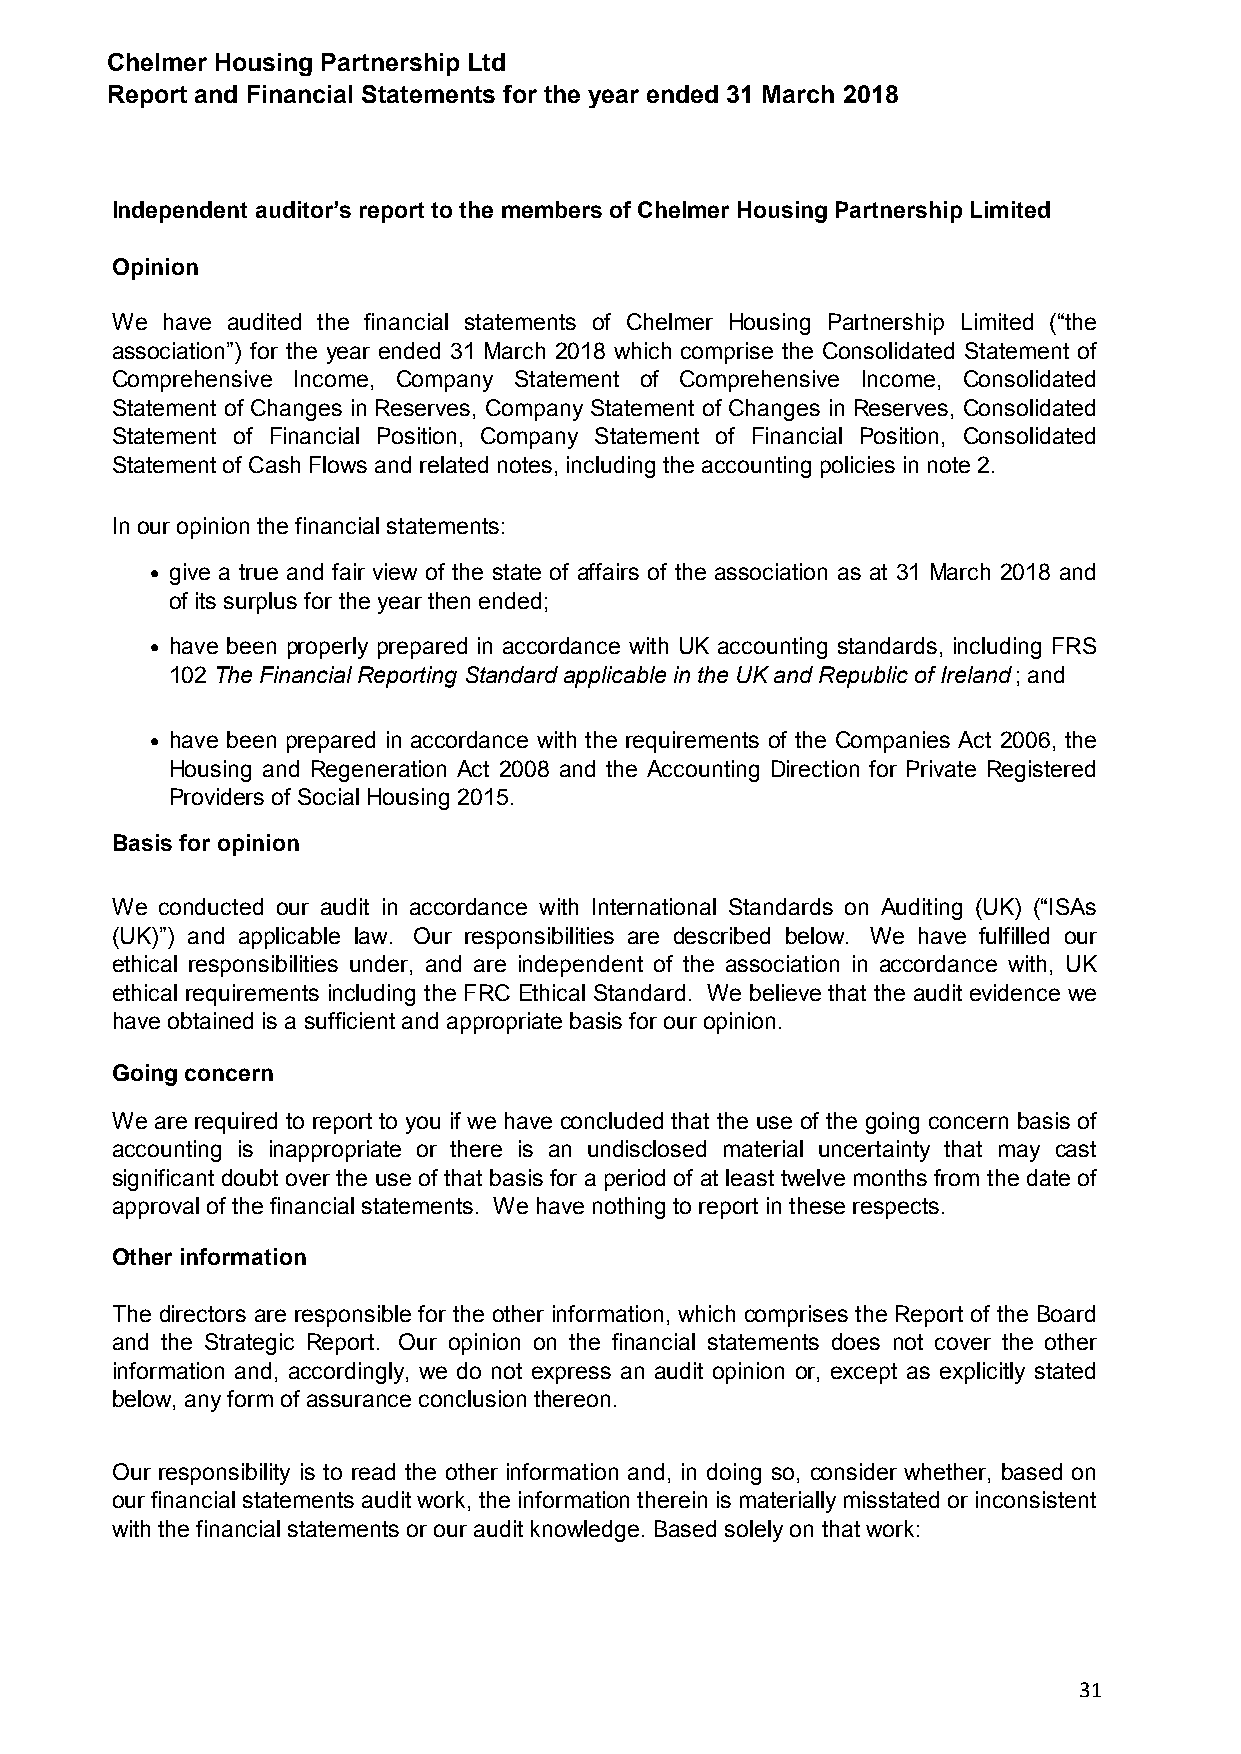
Chelmer Housing Partnership Ltd
 Report and Financial Statements for the year ended 31 March 2018
 Independent auditor’s report to the members of Chelmer Housing Partnership Limited
 Opinion
 We  have audited the financial statements of Chelmer Housing Partnership Limited (“the
 association”) for the year ended 31 March 2018 which comprise the Consolidated Statement of
 Comprehensive Income, Company Statement of Comprehensive Income, Consolidated
 Statement of Changes in Reserves, Company Statement of Changes in Reserves, Consolidated
 Statement of Financial Position, Company Statement of Financial Position, Consolidated
 Statement of Cash Flows and related notes, including the accounting policies in note 2.
 In our opinion the financial statements:
 • give a true and fair view of the state of affairs of the association as at 31 March 2018 and
 of its surplus for the year then ended;
 • have been properly prepared in accordance with UK accounting standards, including FRS
 102 The Financial Reporting Standard applicable in the UK and Republic of Ireland; and
 • have been prepared in accordance with the requirements of the Companies Act 2006, the
 Housing and Regeneration Act 2008 and the Accounting Direction for Private Registered
 Providers of Social Housing 2015.
 Basis for opinion
 We conducted our audit in accordance with International Standards on Auditing (UK) (“ISAs
 (UK)”) and applicable law. Our responsibilities are described below. We have fulfilled our
 ethical responsibilities under, and are independent of the association in accordance with, UK
 ethical requirements including the FRC Ethical Standard. We believe that the audit evidence we
 have obtained is a sufficient and appropriate basis for our opinion.
 Going concern
 We are required to report to you if we have concluded that the use of the going concern basis of
 accounting is inappropriate or there is an undisclosed material uncertainty that may cast
 significant doubt over the use of that basis for a period of at least twelve months from the date of
 approval of the financial statements. We have nothing to report in these respects.
 Other information
 The directors are responsible for the other information, which comprises the Report of the Board
 and the Strategic Report. Our opinion on the financial statements does not cover the other
 information and, accordingly, we do not express an audit opinion or, except as explicitly stated
 below, any form of assurance conclusion thereon.
 Our responsibility is to read the other information and, in doing so, consider whether, based on
 our financial statements audit work, the information therein is materially misstated or inconsistent
 with the financial statements or our audit knowledge. Based solely on that work:
 31